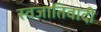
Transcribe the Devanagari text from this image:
स्वजातिवादी